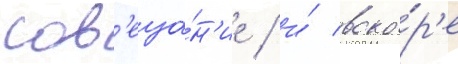
сов'еща́н'ие / и́ вско́р'е